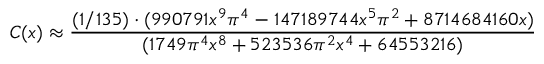
C ( x ) \approx { \frac { ( 1 / 1 3 5 ) \cdot ( 9 9 0 7 9 1 x ^ { 9 } \pi ^ { 4 } - 1 4 7 1 8 9 7 4 4 x ^ { 5 } \pi ^ { 2 } + 8 7 1 4 6 8 4 1 6 0 x ) } { ( 1 7 4 9 \pi ^ { 4 } x ^ { 8 } + 5 2 3 5 3 6 \pi ^ { 2 } x ^ { 4 } + 6 4 5 5 3 2 1 6 ) } }